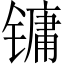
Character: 镛